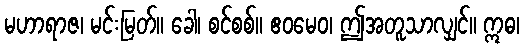
မဟာရာဇ၊ မင်းမြတ်။ ခေါ၊ စင်စစ်။ ဧဝမေဝ၊ ဤအတူသာလျှင်။ ဣဓ၊